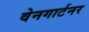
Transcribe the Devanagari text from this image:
वेनगार्टनर